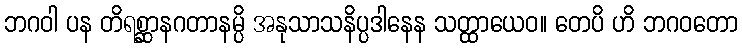
ဘဂဝါ ပန တိရစ္ဆာနဂတာနမ္ပိ အနုသာသနိပ္ပဒါနေန သတ္ထာယေဝ။ တေပိ ဟိ ဘဂဝတော